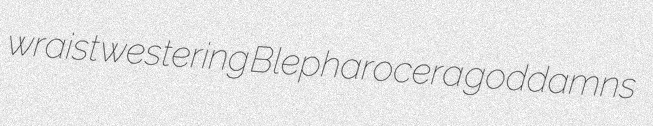
wraist westering Blepharocera goddamns